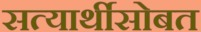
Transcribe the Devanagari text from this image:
सत्यार्थीसोबत